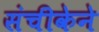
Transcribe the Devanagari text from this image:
संचीकेने